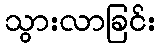
သွားလာခြင်း